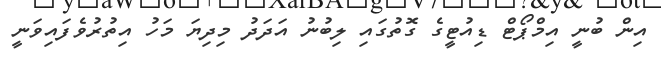
އިން ބުނީ އިމްޕޯޓް ޑިއުޓީގެ ގޮތުގައި ލިބުނު އަދަދު މިދިޔަ މަހު އިތުރުވެފައިވަނީ